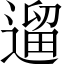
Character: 遛